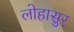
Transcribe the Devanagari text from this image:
लोहासुर